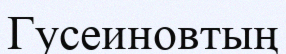
Гусеиновтың